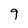
Character: 9